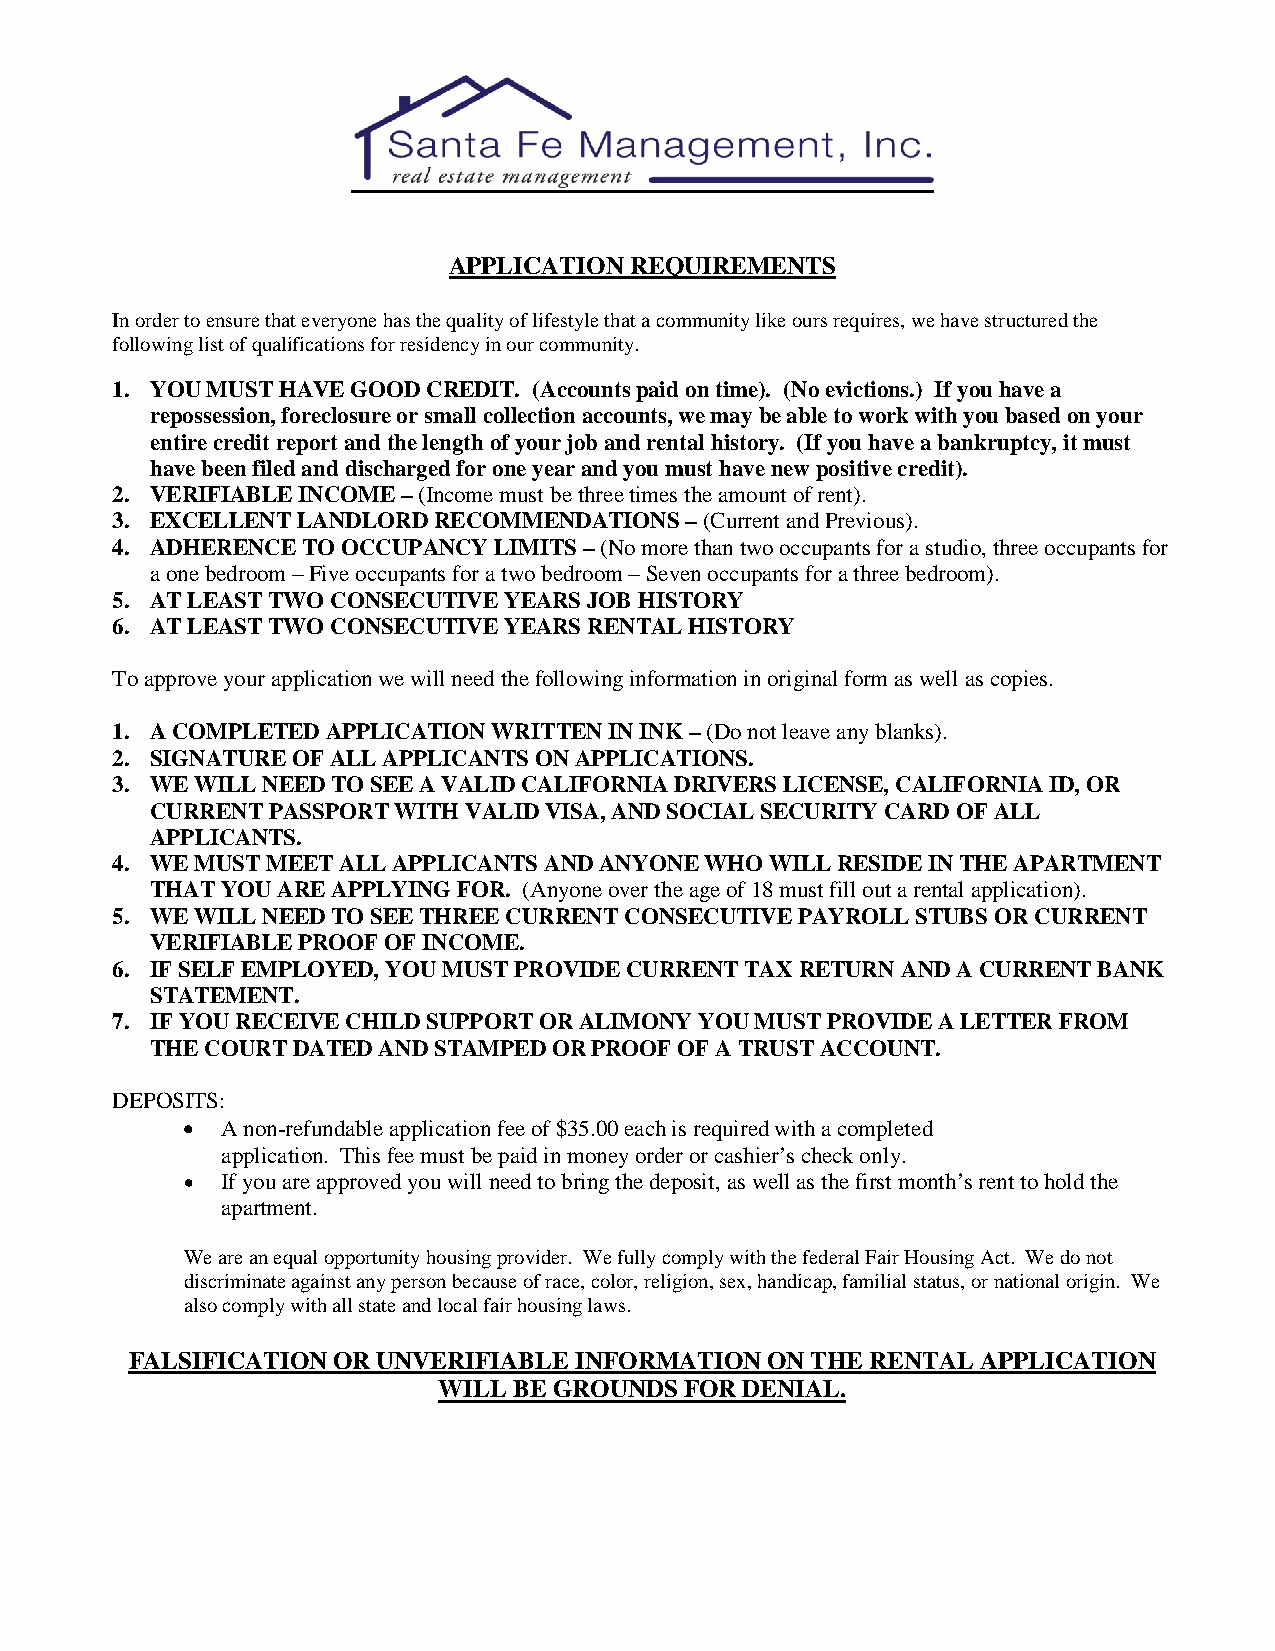
APPLICATION REQUIREMENTS
 In order to ensure that everyone has the quality of lifestyle that a community like ours requires, we have structured the
 following list of qualifications for residency in our community.
 1. YOU MUST HAVE GOOD CREDIT. (Accounts paid on time). (No evictions.) If you have a
 repossession, foreclosure or small collection accounts, we may be able to work with you based on your
 entire credit report and the length of your job and rental history. (If you have a bankruptcy, it must
 have been filed and discharged for one year and you must have new positive credit).
 2. VERIFIABLE INCOME – (Income must be three times the amount of rent).
 3. EXCELLENT LANDLORD RECOMMENDATIONS – (Current and Previous).
 4. ADHERENCE TO OCCUPANCY LIMITS – (No more than two occupants for a studio, three occupants for
 a one bedroom – Five occupants for a two bedroom – Seven occupants for a three bedroom).
 5. AT LEAST TWO CONSECUTIVE YEARS JOB HISTORY
 6. AT LEAST TWO CONSECUTIVE YEARS RENTAL HISTORY
 To approve your application we will need the following information in original form as well as copies.
 1. A COMPLETED APPLICATION WRITTEN IN INK – (Do not leave any blanks).
 2. SIGNATURE OF ALL APPLICANTS ON APPLICATIONS.
 3. WE WILL NEED TO SEE A VALID CALIFORNIA DRIVERS LICENSE, CALIFORNIA ID, OR
 CURRENT PASSPORT WITH VALID VISA, AND SOCIAL SECURITY CARD OF ALL
 APPLICANTS.
 4. WE MUST MEET ALL APPLICANTS AND ANYONE WHO WILL RESIDE IN THE APARTMENT
 THAT YOU ARE APPLYING FOR. (Anyone over the age of 18 must fill out a rental application).
 5. WE WILL NEED TO SEE THREE CURRENT CONSECUTIVE PAYROLL STUBS OR CURRENT
 VERIFIABLE PROOF OF INCOME.
 6. IF SELF EMPLOYED, YOU MUST PROVIDE CURRENT TAX RETURN AND A CURRENT BANK
 STATEMENT.
 7. IF YOU RECEIVE CHILD SUPPORT OR ALIMONY YOU MUST PROVIDE A LETTER FROM
 THE COURT DATED AND STAMPED OR PROOF OF A TRUST ACCOUNT.
 DEPOSITS:
 •  A non-refundable application fee of $35.00 each is required with a completed
 application. This fee must be paid in money order or cashier’s check only.
 •  If you are approved you will need to bring the deposit, as well as the first month’s rent to hold the
 apartment.
 We are an equal opportunity housing provider. We fully comply with the federal Fair Housing Act. We do not
 discriminate against any person because of race, color, religion, sex, handicap, familial status, or national origin. We
 also comply with all state and local fair housing laws.
 FALSIFICATION OR UNVERIFIABLE INFORMATION ON THE RENTAL APPLICATION
 WILL BE GROUNDS FOR DENIAL.